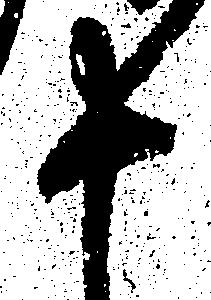
十